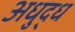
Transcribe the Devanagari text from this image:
अधुद्ध